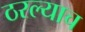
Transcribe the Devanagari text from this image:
ठरल्याच